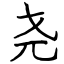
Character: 尧